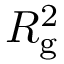
R _ { \mathrm { g } } ^ { 2 }